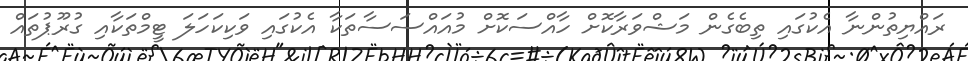
ރައްޔިތުންނާ އެކުގައި ތިބެގެން މަޝްވަރާކޮށް ހާއްސަކޮށް މުއައްސަސާތަކާ އެކުގައި ވަކިކަހަލަ ޓީމްތަކާއި ގުރޫޕުތައް